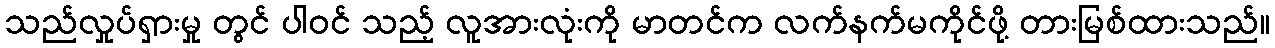
သည်လှုပ်ရှားမှု တွင် ပါဝင် သည့် လူအားလုံးကို မာတင်က လက်နက်မကိုင်ဖို့ တားမြစ်ထားသည်။